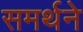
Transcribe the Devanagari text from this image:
समर्थने